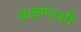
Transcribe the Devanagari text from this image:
वळणाशी